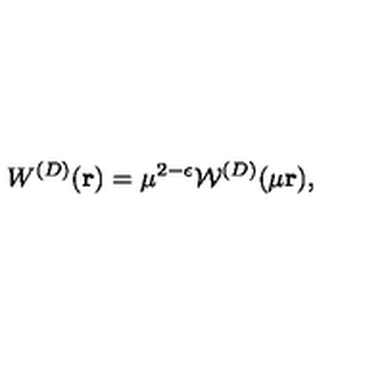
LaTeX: W ^ { ( { D } ) } ( { \bf r } ) = \mu ^ { 2 - \epsilon } { \mathcal W } ^ { ( { D } ) } ( \mu { \bf r } ) ,